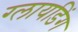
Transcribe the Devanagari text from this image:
ग्लायडिंग